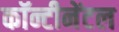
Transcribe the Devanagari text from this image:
कॉन्टीनेंटल